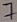
Text: 7